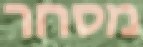
מסחר